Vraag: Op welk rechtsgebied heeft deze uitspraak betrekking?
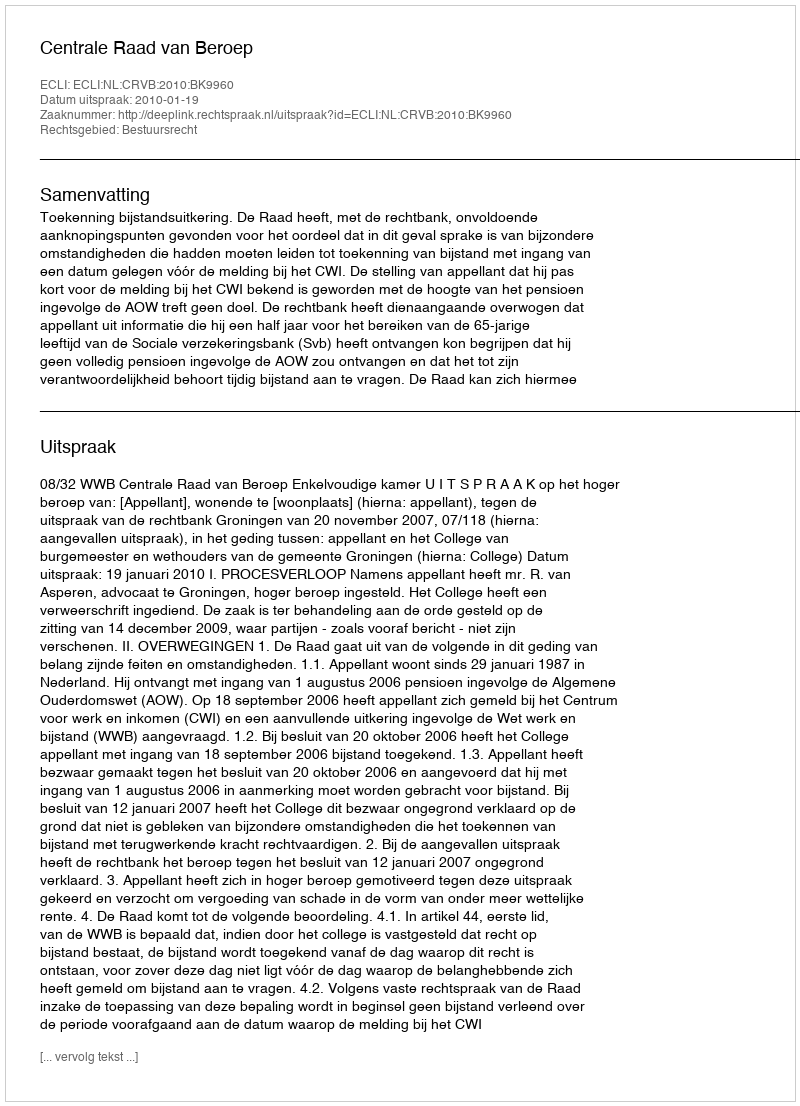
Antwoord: Bestuursrecht